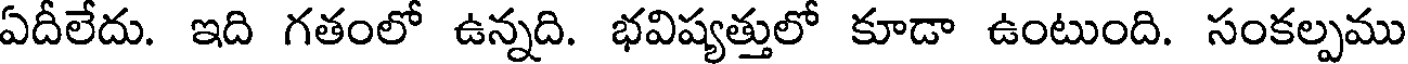
ఏదీలేదు. ఇది గతంలో ఉన్నది. భవిష్యత్తులో కూడా ఉంటుంది. సంకల్పము